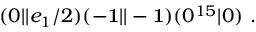
( 0 \vert \vert e _ { 1 } / 2 ) ( - { \bf 1 } \vert \vert - { \bf 1 } ) ( 0 ^ { 1 5 } \vert 0 ) ~ .